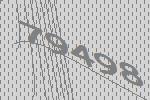
79498